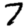
Digit: 7